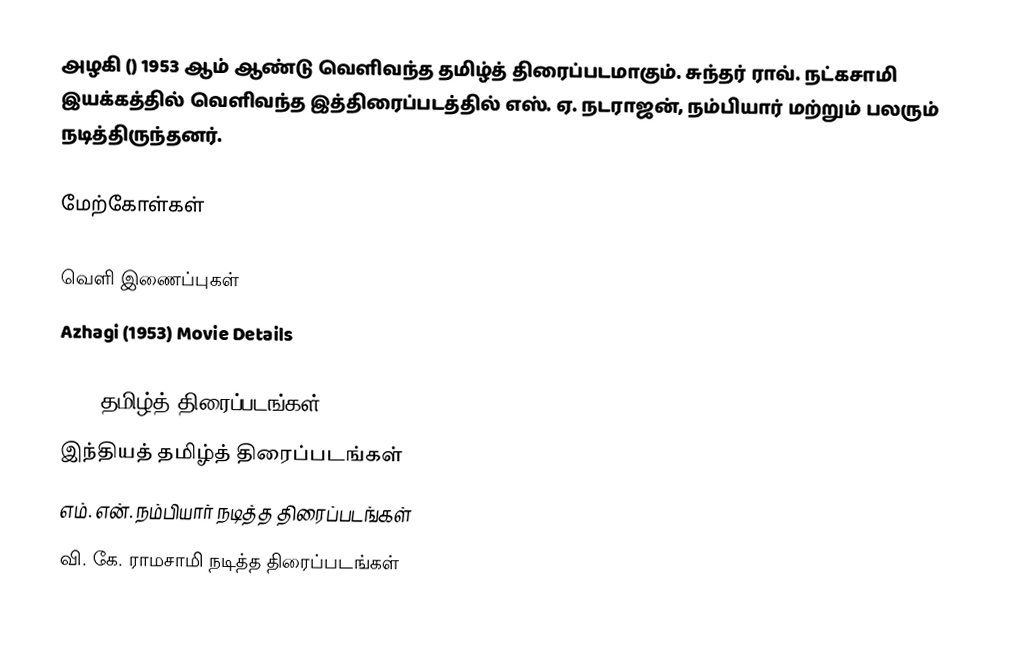
அழகி () 1953 ஆம் ஆண்டு வெளிவந்த தமிழ்த் திரைப்படமாகும். சுந்தர் ராவ். நட்கசாமி இயக்கத்தில் வெளிவந்த இத்திரைப்படத்தில் எஸ். ஏ. நடராஜன், நம்பியார் மற்றும் பலரும் நடித்திருந்தனர்.

மேற்கோள்கள்

வெளி இணைப்புகள்
Azhagi (1953) Movie Details

1953 தமிழ்த் திரைப்படங்கள்
இந்தியத் தமிழ்த் திரைப்படங்கள்
எம். என். நம்பியார் நடித்த திரைப்படங்கள்
வி. கே. ராமசாமி நடித்த திரைப்படங்கள்